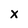
Character: x